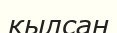
қылсан